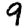
Digit: 9